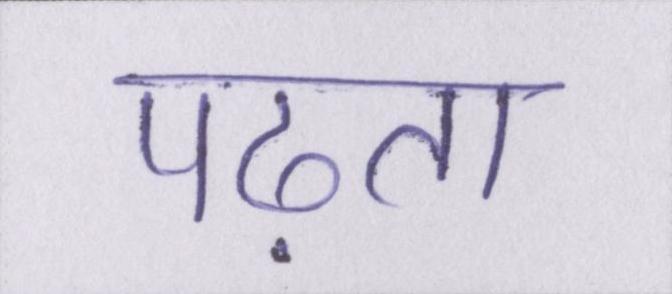
पढ़ता